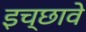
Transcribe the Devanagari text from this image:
इच्छावे